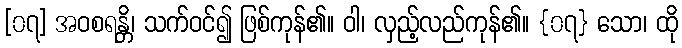
[၀၇] အဝစရန္တိ၊ သက်ဝင်၍ ဖြစ်ကုန်၏။ ဝါ၊ လှည့်လည်ကုန်၏။ {၀၇} သော၊ ထို